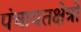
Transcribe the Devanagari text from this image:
पंचायतक्षेत्रों